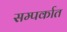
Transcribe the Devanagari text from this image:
सम्पर्कात